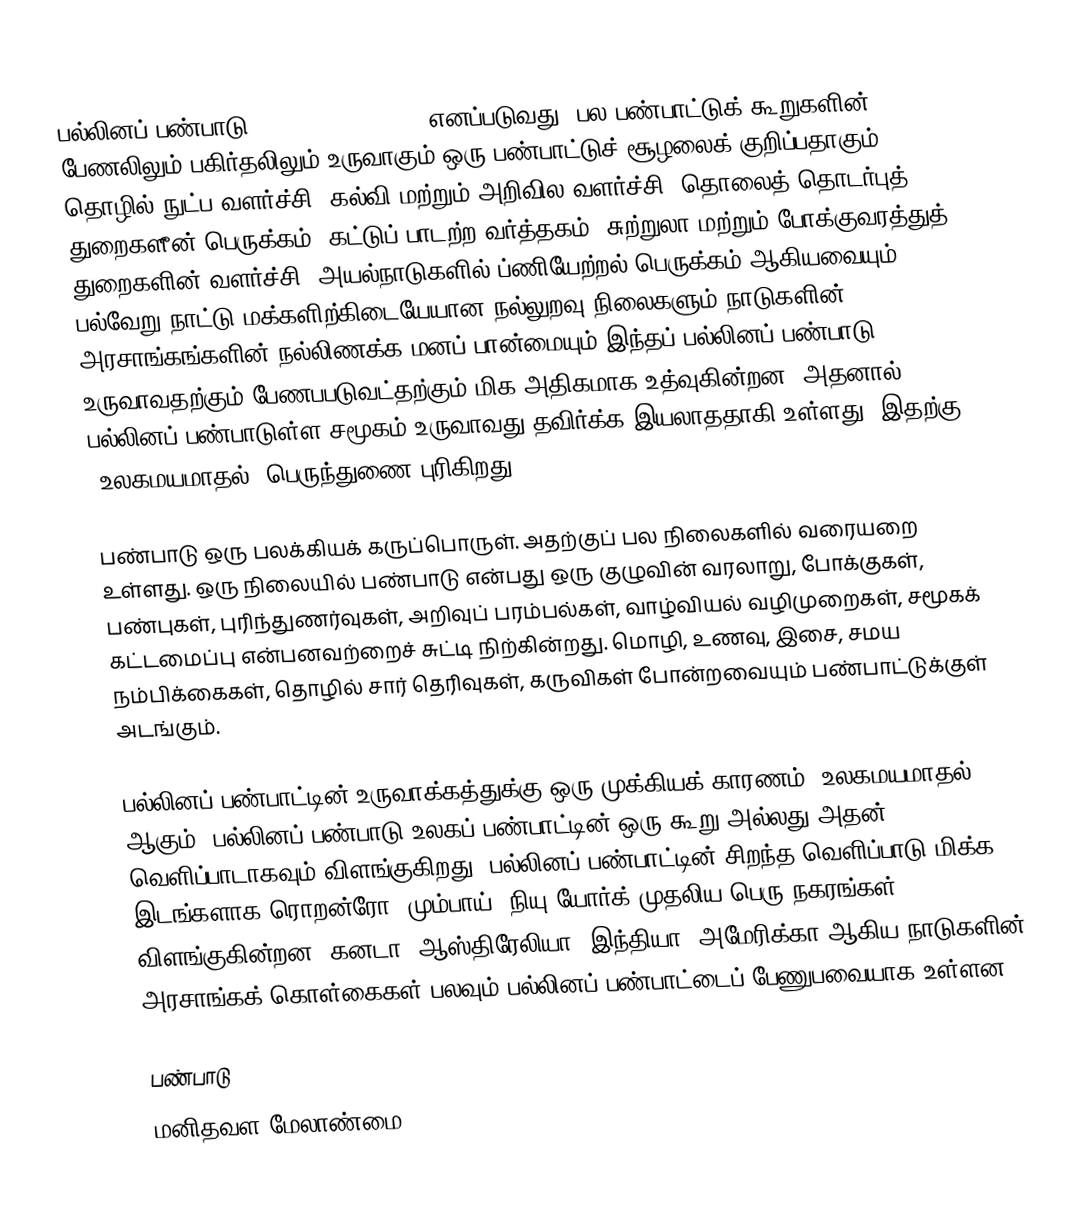
பல்லினப் பண்பாடு (multiculturalism) எனப்படுவது, பல பண்பாட்டுக் கூறுகளின் பேணலிலும் பகிர்தலிலும் உருவாகும் ஒரு பண்பாட்டுச் சூழலைக் குறிப்பதாகும். தொழில் நுட்ப வளர்ச்சி, கல்வி மற்றும் அறிவில வளர்ச்சி, தொலைத் தொடர்புத் துறைகளீன் பெருக்கம், கட்டுப் பாடற்ற வர்த்தகம், சுற்றுலா மற்றும் போக்குவரத்துத் துறைகளின் வளர்ச்சி, அயல்நாடுகளில் ப்ணியேற்றல் பெருக்கம் ஆகியவையும் பல்வேறு நாட்டு மக்களிற்கிடையேயான நல்லுறவு நிலைகளும் நாடுகளின் அரசாங்கங்களின் நல்லிணக்க மனப் பான்மையும் இந்தப் பல்லினப் பண்பாடு உருவாவதற்கும் பேணபபடுவட்தற்கும் மிக அதிகமாக உத்வுகின்றன. அதனால் பல்லினப் பண்பாடுள்ள சமூகம் உருவாவது தவிர்க்க இயலாததாகி உள்ளது. இதற்கு 'உலகமயமாதல்' பெருந்துணை புரிகிறது.

பண்பாடு ஒரு பலக்கியக் கருப்பொருள். அதற்குப் பல நிலைகளில் வரையறை உள்ளது. ஒரு நிலையில் பண்பாடு என்பது ஒரு குழுவின் வரலாறு, போக்குகள், பண்புகள், புரிந்துணர்வுகள், அறிவுப் பரம்பல்கள், வாழ்வியல் வழிமுறைகள், சமூகக் கட்டமைப்பு என்பனவற்றைச் சுட்டி நிற்கின்றது. மொழி, உணவு, இசை, சமய நம்பிக்கைகள், தொழில் சார் தெரிவுகள், கருவிகள் போன்றவையும் பண்பாட்டுக்குள் அடங்கும்.

பல்லினப் பண்பாட்டின் உருவாக்கத்துக்கு ஒரு முக்கியக் காரணம் 'உலகமயமாதல்' ஆகும். பல்லினப் பண்பாடு உலகப் பண்பாட்டின் ஒரு கூறு அல்லது அதன் வெளிப்பாடாகவும் விளங்குகிறது. பல்லினப் பண்பாட்டின் சிறந்த வெளிப்பாடு மிக்க இடங்களாக ரொறன்ரோ, மும்பாய், நியு யோர்க் முதலிய பெரு நகரங்கள் விளங்குகின்றன. கனடா, ஆஸ்திரேலியா, இந்தியா, அமேரிக்கா ஆகிய நாடுகளின் அரசாங்கக்  கொள்கைகள் பலவும் பல்லினப் பண்பாட்டைப் பேணுபவையாக உள்ளன.

பண்பாடு
மனிதவள மேலாண்மை